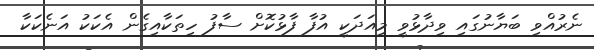
ނެރުއްވި ބަޔާނުގައި ވިދާޅުވީ މިއަދަކީ އުފާ ފާޅުކޮށް ސާފު ހިތަކާއިގެން އެކަކު އަނެކަކާ